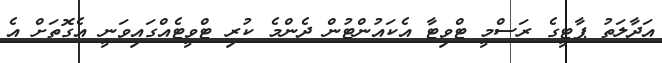
އަދާލަތު ޕާޓީގެ ރަސްމީ ޓްވިޓާ އެކައުންޓުން ދެންމެ ކުރި ޓްވީޓެއްގައިވަނީ އެގޮތަށް އެ